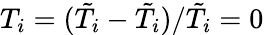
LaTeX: T_{i}=(\tilde{T}_{i}-\tilde{T}_{i})/\tilde{T}_{i}=0